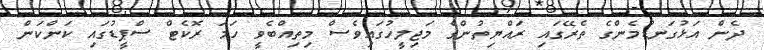
ދެން އަޅުގަނޑުމެންގެ ތެރޭގައި ރައްޔިތުންގެ މަޖިލީހުގައިވެސް މިތިއްބެވީ ހަމަ ރޮކެޓް ސްޕީޑުގައި ކަންކަން